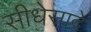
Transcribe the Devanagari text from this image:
सीधेसादे